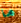
ما